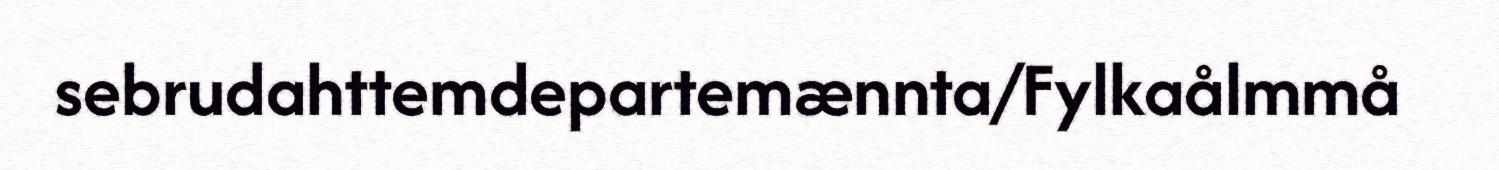
sebrudahttemdepartemænnta/Fylkaålmmå